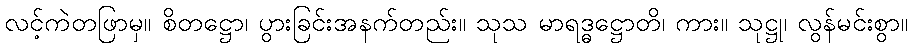
လင့်ကဲတဖြာမှ။ စိတဋ္ဌော၊ ပွားခြင်းအနက်တည်း။ သုသ မာရဒ္ဓဋ္ဌောတိ၊ ကား။ သုဋ္ဌု၊ လွန်မင်းစွာ။